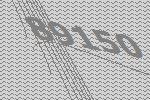
89150